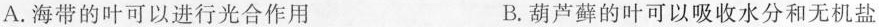
A.海带的叶可以进行光合作用 B.葫芦藓的叶可以吸收水分和无机盐